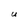
Character: U